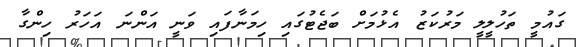
ގައުމީ ތަހުލީލީ މަރުކަޒު އެޅުމަށް ބަޖެޓުގައި ހިމަނާފައި ވަނީ އަންނަ އަހަރު ހިންގާ